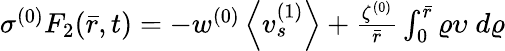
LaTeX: \begin{array}{r}{\sigma^{(0)}F_{2}(\bar{r},t)=-w^{(0)}\left<v_{s}^{(1)}\right>+\frac{\zeta^{(0)}}{\bar{r}}\int_{0}^{\bar{r}}\varrho\upsilon\; d\varrho}\end{array}